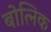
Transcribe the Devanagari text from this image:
बोत्निक